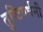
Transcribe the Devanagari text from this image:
तुष्टिवर्धनी